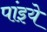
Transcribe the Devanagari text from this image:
पांइये